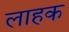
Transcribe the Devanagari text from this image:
लाहक